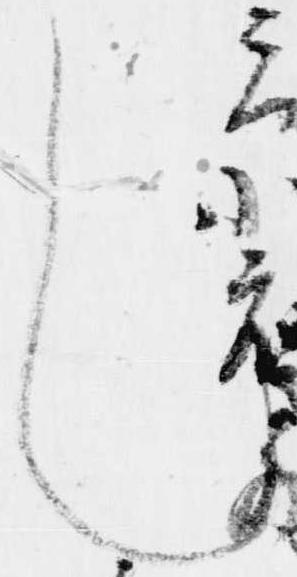
也